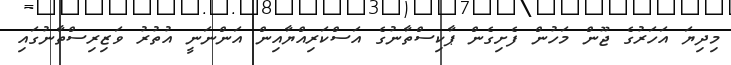
މިދިޔަ އަހަރުގެ ޖޫން މަހުން ފެށިގެން ޕާކިސްތާނުގެ އަސްކަރިއްޔާއިން އަންނަނީ އުތުރު ވަޒިރިސްތާނުގައި